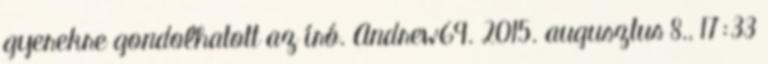
gyerekre gondolhatott az író. Andrew69. 2015. augusztus 8., 17:33